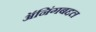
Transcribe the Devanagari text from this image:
ॲनिंगबद्दल